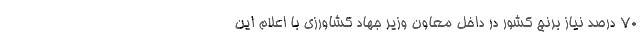
۷۰ درصد نیاز برنج کشور در داخل معاون وزیر جهاد کشاورزی با اعلام این